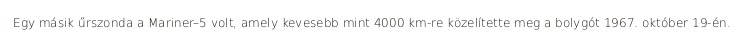
Egy másik űrszonda a Mariner–5 volt, amely kevesebb mint 4000 km-re közelítette meg a bolygót 1967. október 19-én.